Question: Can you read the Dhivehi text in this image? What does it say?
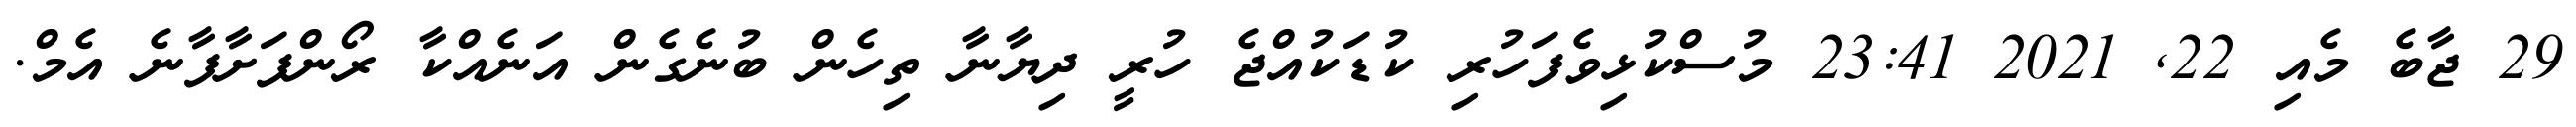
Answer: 29 ޖާބެ މެއި 22, 2021 23:41 މުސްކުޅިވެފަހުރި ކުޑަކުއްޖެ ހުރީ ދިޔާނާ ތިހެން ބުނެގެން އަނެއްކާ ރޯންފަށާފާނެ އެމް.